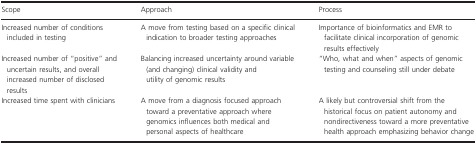
| Scope | Approach | Process |
 | --- | --- | --- |
 | Increased number of conditions included in testing | A move from testing based on a specific clinical indication to broader testing approaches | Importance of bioinformatics and EMR to facilitate clinical incorporation of genomic results effectively |
 | Increased number of “positive” and uncertain results, and overall increased number of disclosed results | Balancing increased uncertainty around variable (and changing) clinical validity and utility of genomic results | “Who, what and when” aspects of genomic testing and counseling still under debate |
 | Increased time spent with clinicians | A move from a diagnosis focused approach toward a preventative approach where genomics influences both medical and personal aspects of healthcare | A likely but controversial shift from the historical focus on patient autonomy and nondirectiveness toward a more preventative health approach emphasizing behavior change |